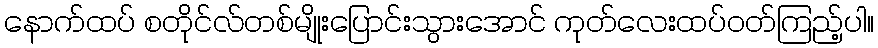
နောက်ထပ် စတိုင်လ်တစ်မျိုးပြောင်းသွားအောင် ကုတ်လေးထပ်ဝတ်ကြည့်ပါ။